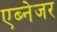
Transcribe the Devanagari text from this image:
एब्नेजर